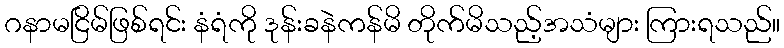
ဂနာမငြိမ်ဖြစ်ရင်း နံရံကို ဒုန်းခနဲကန်မိ တိုက်မိသည့်အသံများ ကြားရသည်။